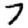
Digit: 7